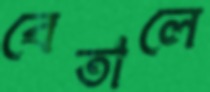
বেতালে